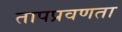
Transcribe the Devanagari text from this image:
तापप्रवणता